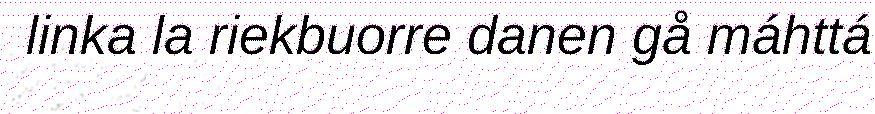
linka la riekbuorre danen gå máhttá